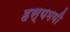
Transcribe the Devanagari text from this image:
हस्यमयी